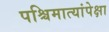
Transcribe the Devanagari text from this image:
पश्चिमात्यांपेक्षा